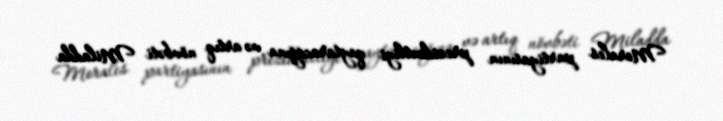
Morales partiyasının prezidentliyi qaytaracağına və artıq növbəti Miladda